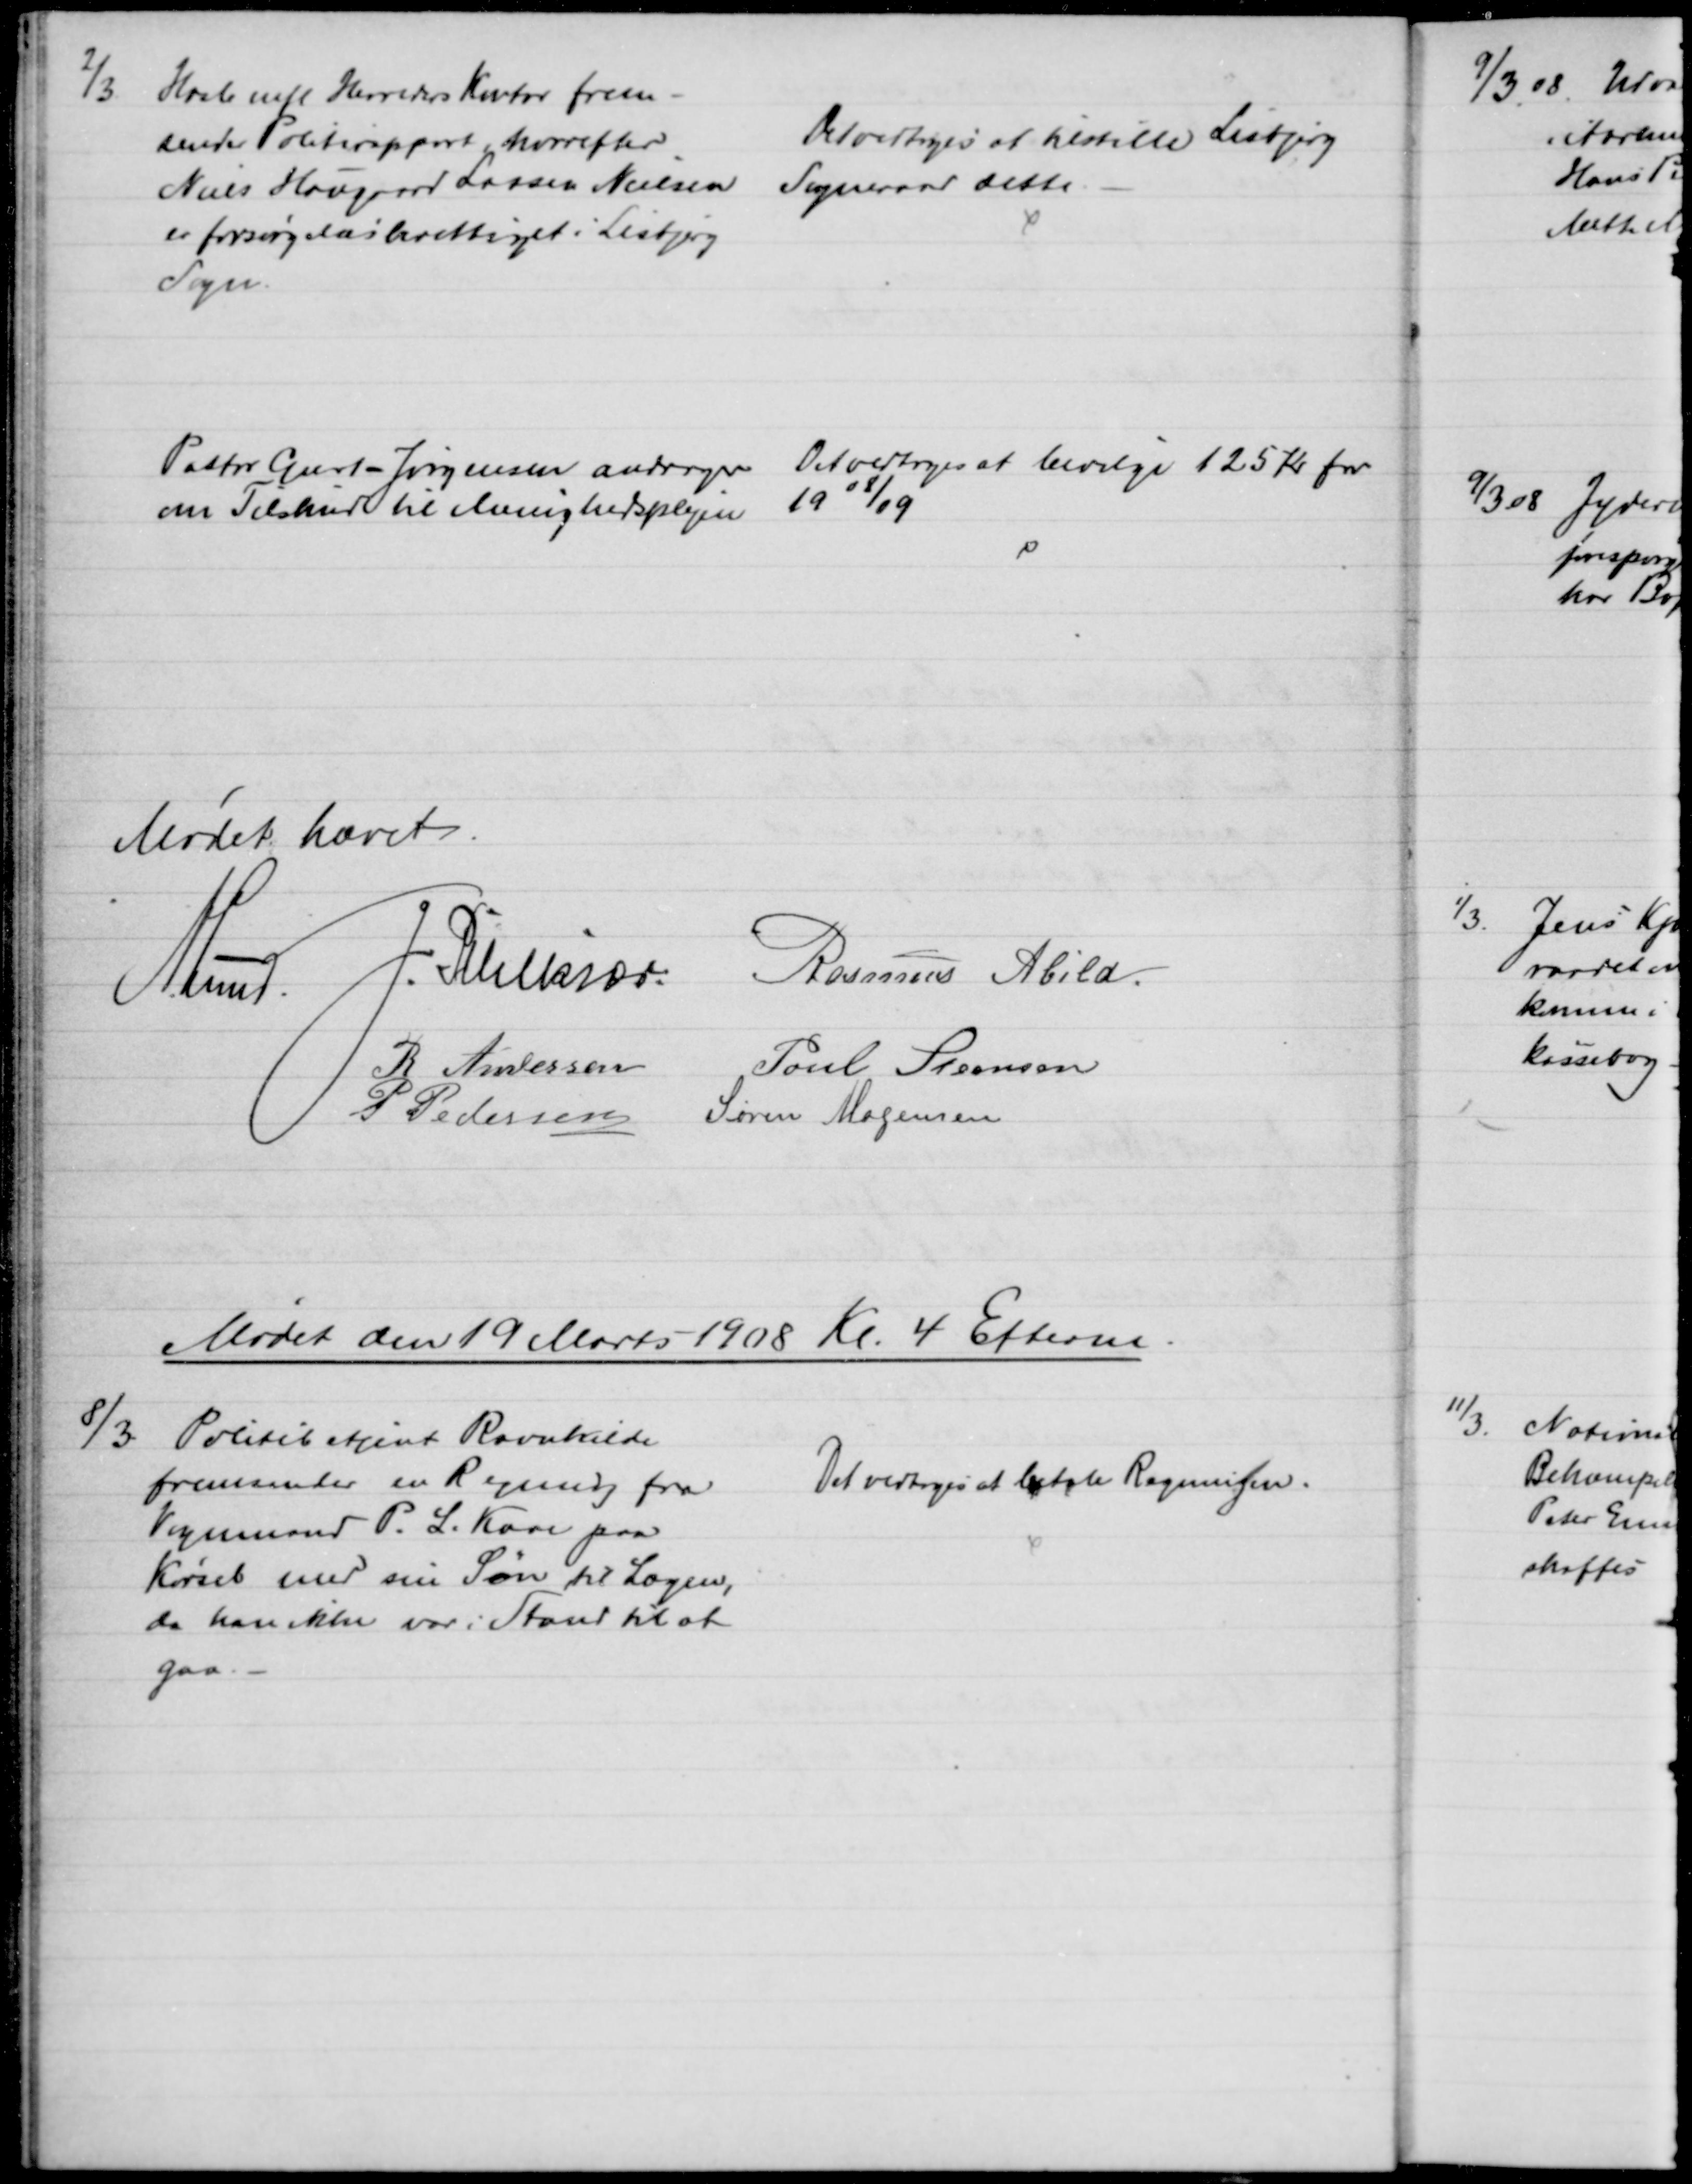
Transskription:
2/3
Hasle mfl Herreders Kontor frem-
sender Politirapport, hvorefter
Niels Hovgaard Larsen Nielsen
er forsørgelsesberettiget i Lisbjerg
Sogn.
Det vedtoges at tilstille Lisbjerg
Sogneraad dette.
Pastor Geert-Jørgensen andrager 
om Tilskud til Menighedsplejen 
Det vedtoges at bevilge 125 Kr for
1908/09
Mødet hævet.
A. Lund
J. Pihlkjær Rasmus Abild.
R Andersen
Poul Steensen
P Pedersen
Søren Mogensen
Mødet den 19 Marts 1908 Kl. 4 Efterm.
8/3
Politibetjent Ravnkilde
fremsender en Regning fra
Vognmand P. L. Kaae paa
Kørsel med sin Søn til Lægen,
da han ikke var i Stand til at
gaa.
Det vedtoges at betale Regningen.